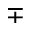
\mp